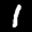
Label: 1